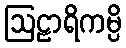
ဩဠာရိကမ္ပိ